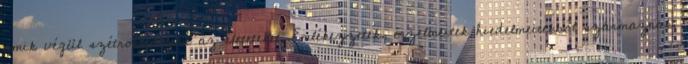
amik végül szétrobbantják az életeteket. Emlékezzetek, érzelmeitek hiedelmeitekből származnak;